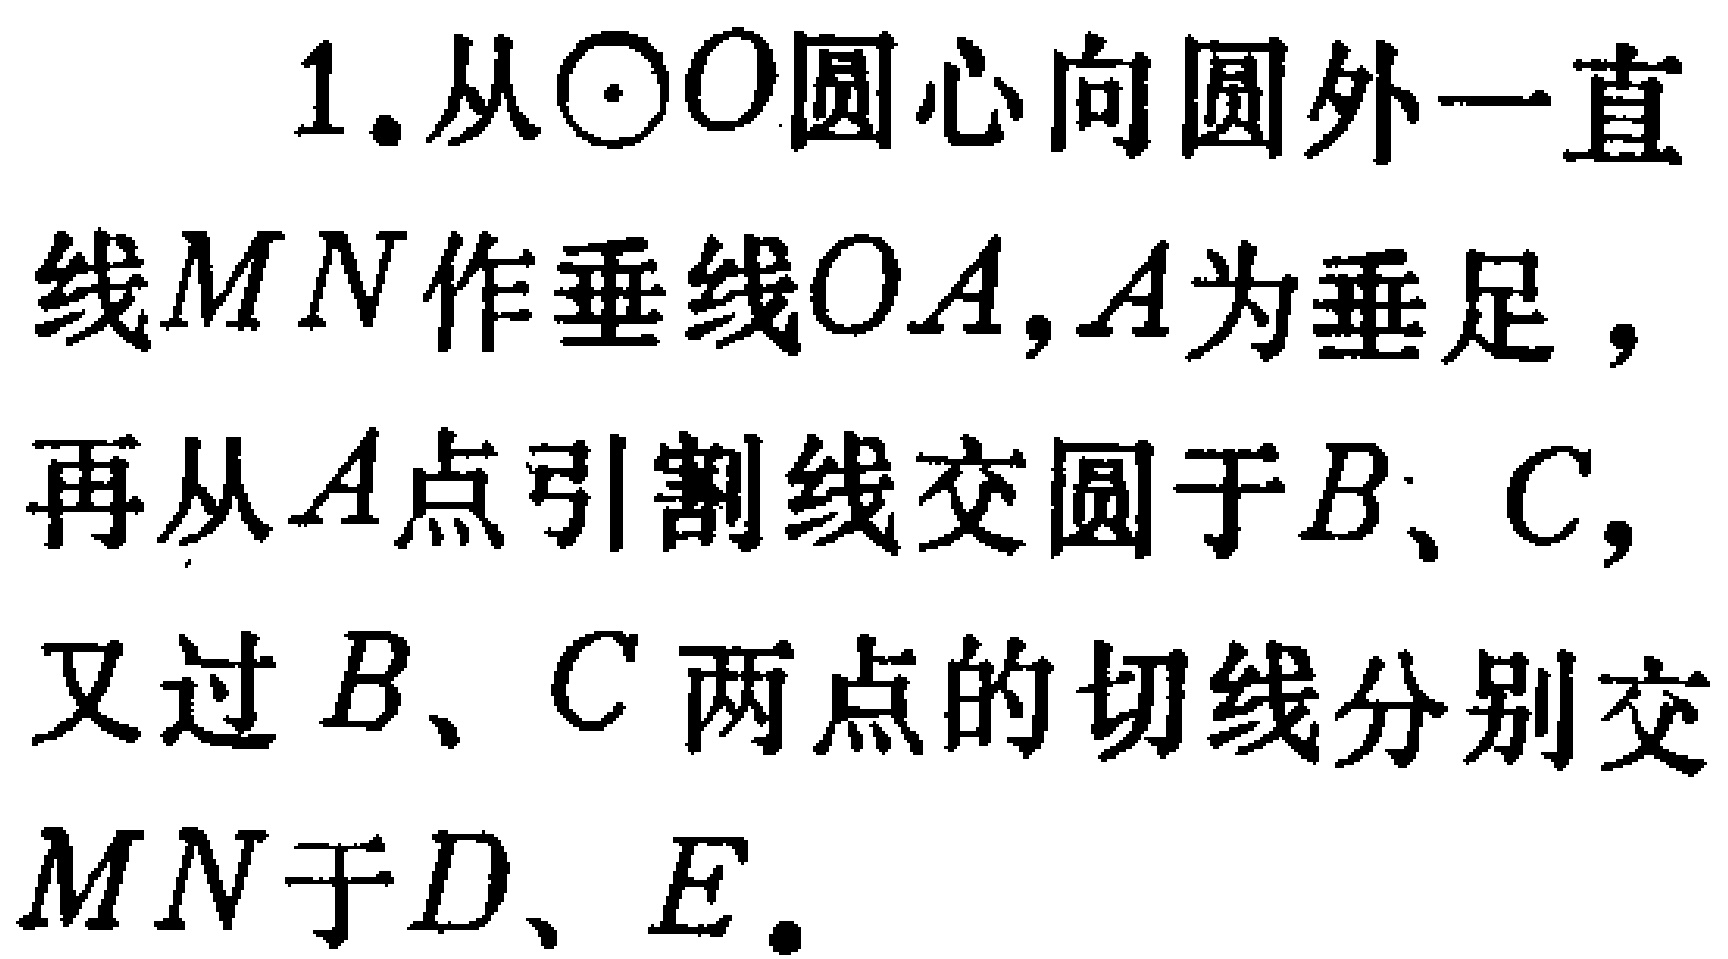
1.从\(\odot O\)圆心向圆外一直线\(MN\)作垂线\(OA\)，\(A\)为垂足，再从\(A\)点引割线交圆于\(B\)、\(C\)，又过\(B\)、\(C\)两点的切线分别交\(MN\)于\(D\)、\(E\)。